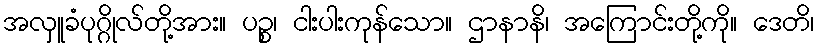
အလှူခံပုဂ္ဂိုလ်တို့အား။ ပဉ္စ၊ ငါးပါးကုန်သော။ ဌာနာနိ၊ အကြောင်းတို့ကို။ ဒေတိ၊